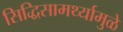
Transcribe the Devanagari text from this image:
सिद्धिसामर्थ्यामुळे